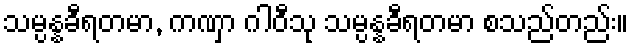
သမ္ပန္နခီရတမာ, ကဏှာ ဂါဝီသု သမ္ပန္နခီရတမာ စသည်တည်း။